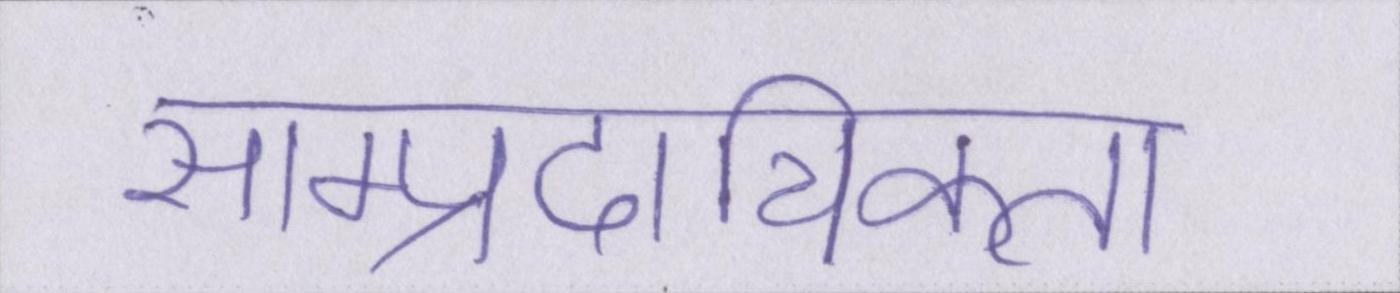
साम्प्रदायिकता